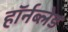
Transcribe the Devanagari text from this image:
हॉर्नब्लेड